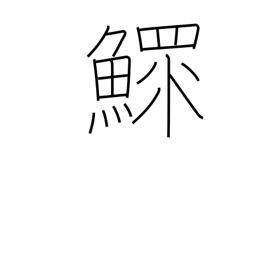
Meaning: widower